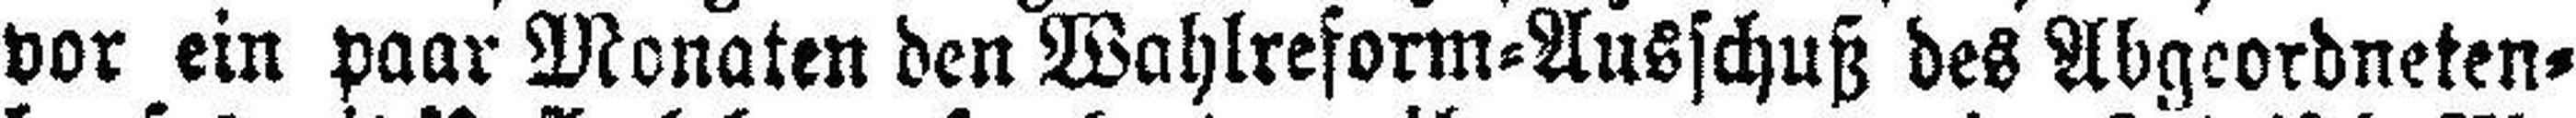
vor ein paar Monaten den Wahlreform=Ausschuß des Abgeordneten¬